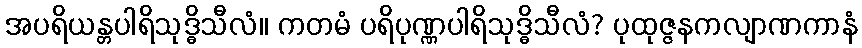
အပရိယန္တပါရိသုဒ္ဓိသီလံ။ ကတမံ ပရိပုဏ္ဏပါရိသုဒ္ဓိသီလံ? ပုထုဇ္ဇနကလျာဏကာနံ